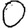
Digit: 0